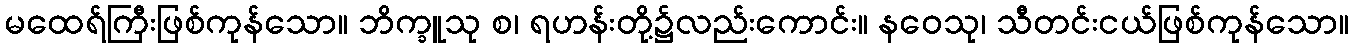
မထေရ်ကြီးဖြစ်ကုန်သော။ ဘိက္ခူသု စ၊ ရဟန်းတို့၌လည်းကောင်း။ နဝေသု၊ သီတင်းငယ်ဖြစ်ကုန်သော။